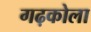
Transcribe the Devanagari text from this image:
गढ़कोला